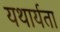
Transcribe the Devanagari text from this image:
यथार्यता